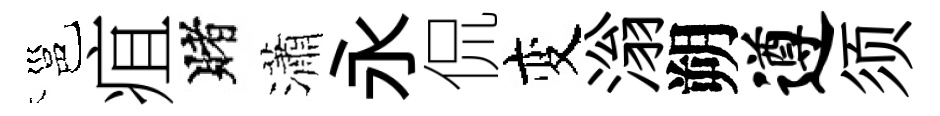
邕疽賭瀟永侃变滃朔遵须